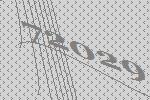
72029